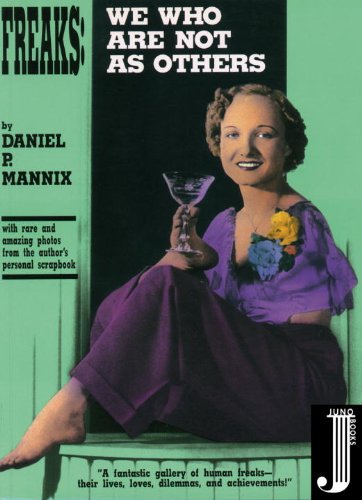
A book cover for Freaks; Daniel P. Mannix; Law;